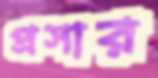
প্রসার